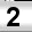
Digit: 2